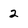
Character: 2